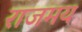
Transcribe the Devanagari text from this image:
राजमय